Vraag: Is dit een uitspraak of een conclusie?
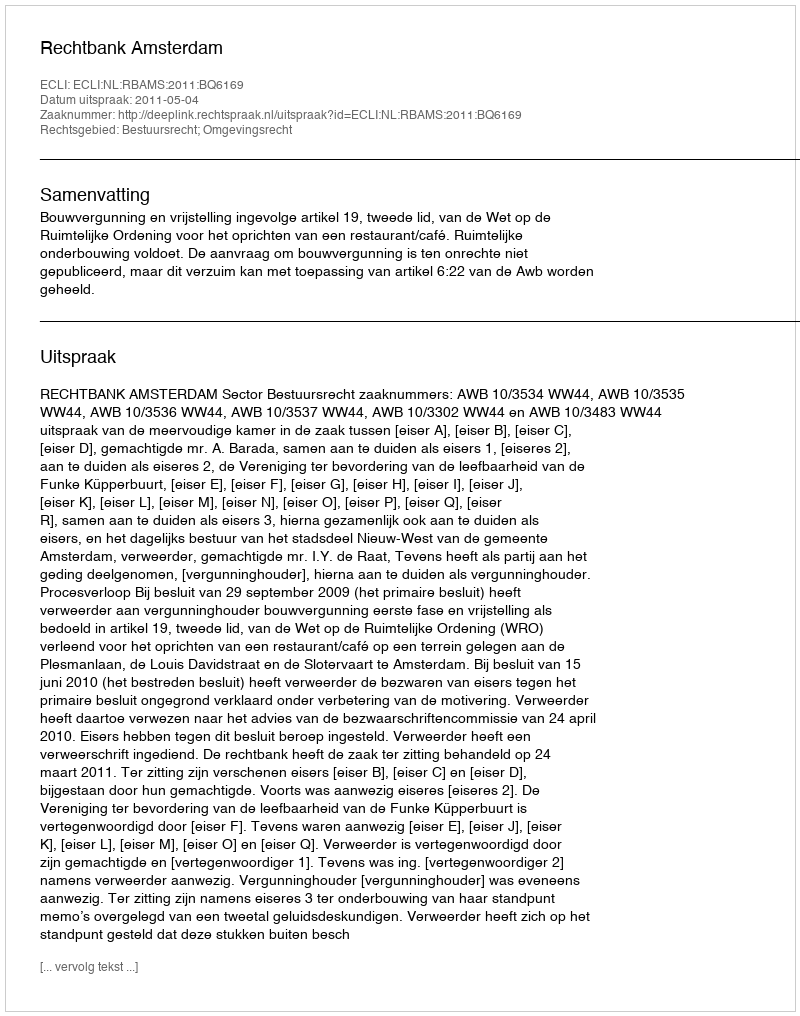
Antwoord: Uitspraak